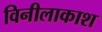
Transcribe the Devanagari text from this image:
विनीलाकाश